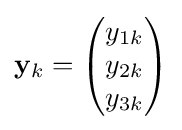
\mathbf {y} _{k}={\begin{pmatrix}y_{1k}\\y_{2k}\\y_{3k}\end{pmatrix}}